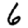
Digit: 6